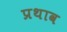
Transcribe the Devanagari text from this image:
प्रथाव